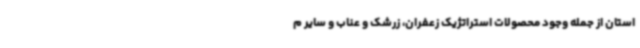
استان از جمله وجود محصولات استراتژیک زعفران، زرشک و عناب و سایر م